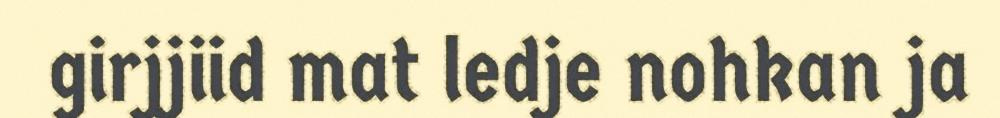
girjjiid mat ledje nohkan ja